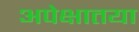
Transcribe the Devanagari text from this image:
अपेक्षातया